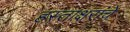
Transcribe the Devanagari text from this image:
हस्ताक्षरांचे